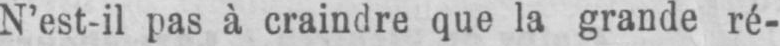
N’est-il pas à craindre que la grande ré-